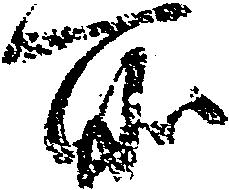
所